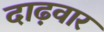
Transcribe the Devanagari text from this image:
दाढ़वार